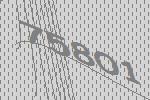
75801